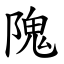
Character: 隗